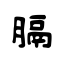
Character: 膈